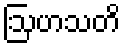
ဩဟသတိ